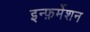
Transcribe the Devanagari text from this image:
इन्फ़र्मेशन